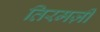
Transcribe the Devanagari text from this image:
तिरमज़ी